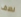
نصف